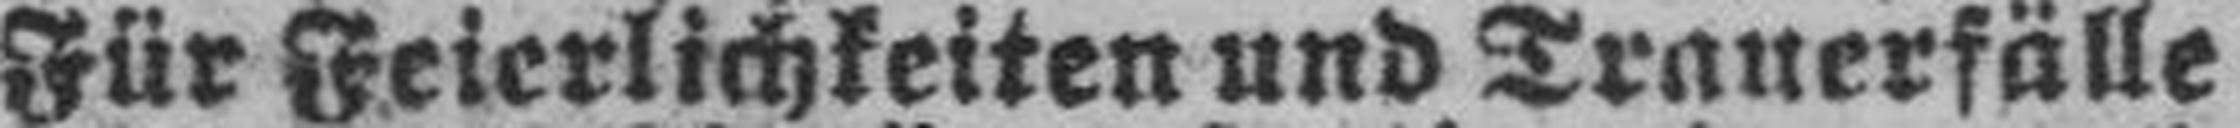
Für Feierlichkeiten und Trauerfälle